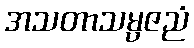
အသတာသမ္ပဇညံ